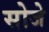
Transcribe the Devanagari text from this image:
सोजे